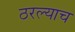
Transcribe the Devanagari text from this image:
ठरल्याच